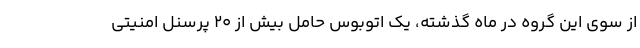
از سوی این گروه در ماه گذشته، یک اتوبوس حامل بیش از 20 پرسنل امنیتی